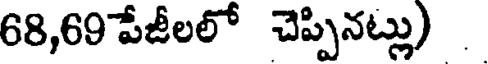
68,69 పేజీలలో చెప్పినట్లు)